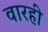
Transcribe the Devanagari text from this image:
वारही